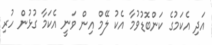
އަދި އެކަމުގެ ކަންބޮޑުވުމާ އެކު ލޭމް އިން ވަނީ އެކަމާ ގުޅުން ހުރި